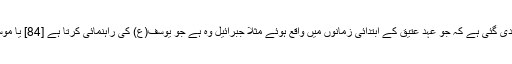
اس کی طرف ایسے افعال کی نسبت دی گئی ہے کہ جو عہد عتیق کے ابتدائی زمانوں میں واقع ہوئے مثلا جبرائیل وہ ہے جو یوسف(ع) کی راہنمائی کرتا ہے [84] یا موسی(ع) کے دفن میں شریک ہوتا ہے۔